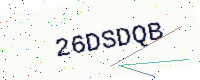
Text: 26DSDQB